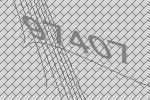
97407